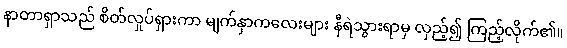
နာတာရှာသည် စိတ်လှုပ်ရှားကာ မျက်နှာကလေးများ နီရဲသွားရာမှ လှည့်၍ ကြည့်လိုက်၏။